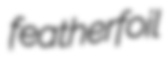
featherfoil